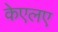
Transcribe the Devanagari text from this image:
केएलए